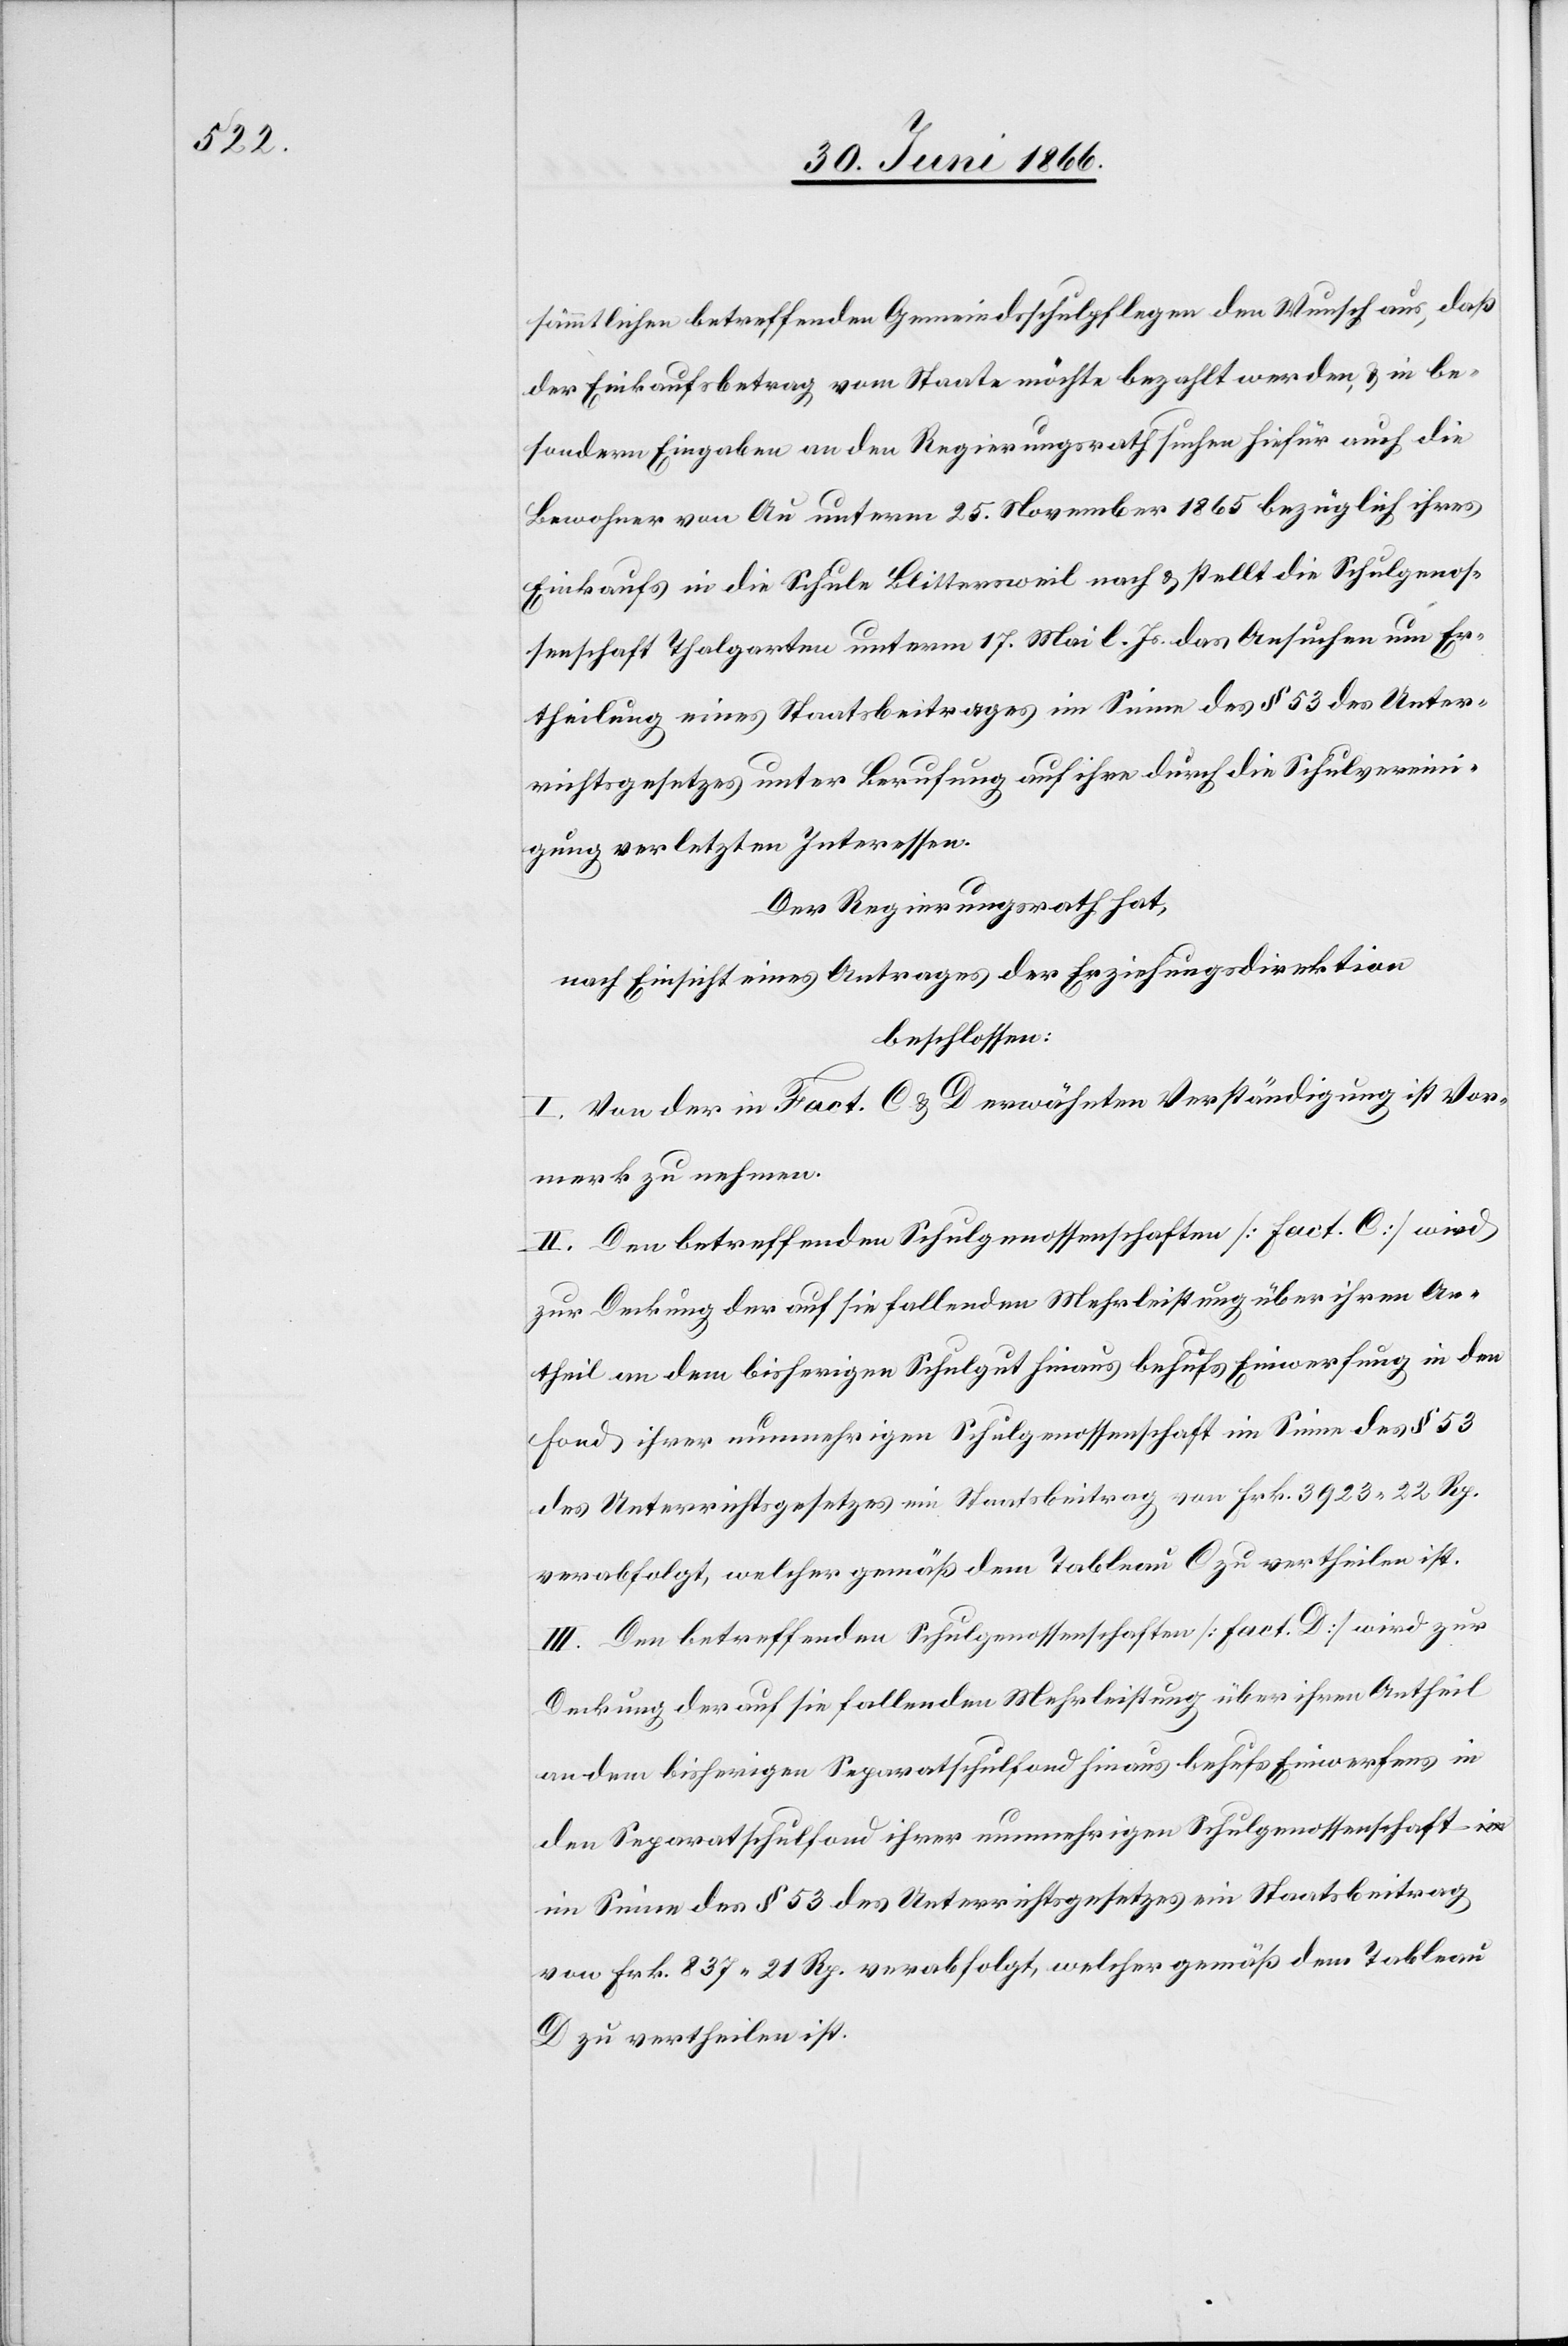
c!]
sämmtlichen betreffenden Gemeindschulpflegen den Wunsch aus, daß
der Einkaufsbetrag vom Staate möchte bezahlt werden, u. in be¬
sondern Eingaben an den Regierungsrath suchen hiefür auch die
Bewohner von Au unterm 25. November 1865 bezüglich ihres
Einkaufs in die Schule Blittersweil nach u. stellt die Schulgenos¬
senschaft Thalgarten unterm 17. Mai l. Js. das Gesuchen [si¬
Ertheilung eines Staatsbeitrages im Sinne des § 53 des Unter¬
richtsgesetzes unter Berufung auf ihre durch die Schulvereini¬
gung verletzten Interessen.
Der Regierungsrath hat,
nach Einsicht eines Antrages der Erziehungsdirektion
beschlossen:
I. Von der in Fact. C u. D. erwähnten Verständigung ist Vor¬
merk zu nehmen.
II. Den betreffenden Schulgenossenschaften [Fact. C] wird
zur Deckung der auf sie fallenden Mehrleistungen über ihren An¬
theil an dem bisherigen Schulgut hinaus behufs Einwerfung in den
Fond ihrer nunmehrigen Schulgenossenschaft im Sinne des § 53
des Unterrichtsgesetzes ein Staatsbeitrag von Frk. 3923 .22 Rp.
verabfolgt, welcher gemäß dem Tableau C zu vertheilen ist.
III. Den betreffenden Schulgenossenschaften [Fact. D] wird zur
Deckung der auf sie fallenden Mehrleistung über ihren Antheil
an dem bisherigen Separatfond hinaus behufs Einwerfen in
den Separatschulfond ihrer nunmehrigen Schulgenossenschaft
im Sinne des § 53 des Unterrichtsgesetzes ein Staatsbeitrag
von Frk. 837. 21 Rp. verabfolgt, welcher gemäß dem Tableau
D zu vertheilen ist.